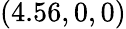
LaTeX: (4.56,0,0)